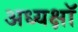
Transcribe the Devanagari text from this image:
अध्यक्षॉ